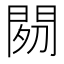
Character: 𲈩